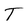
Character: T